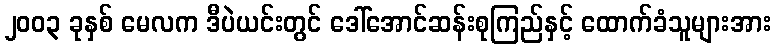
၂၀၀၃ ခုနှစ် မေလက ဒီပဲယင်းတွင် ဒေါ်အောင်ဆန်းစုကြည်နှင့် ထောက်ခံသူများအား